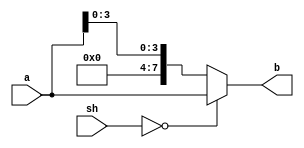
module little_compare(a,sh,b);
input [7:0] a;
input [3:0] sh;
output reg [7:0] b;

always@(sh or a or b)
begin
if(sh==4'b0000)
	b=a;
else
	b={4'b0,a[3:0]};
end
endmodule